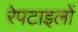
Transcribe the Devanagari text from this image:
रेपटाइलों